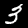
Label: 3